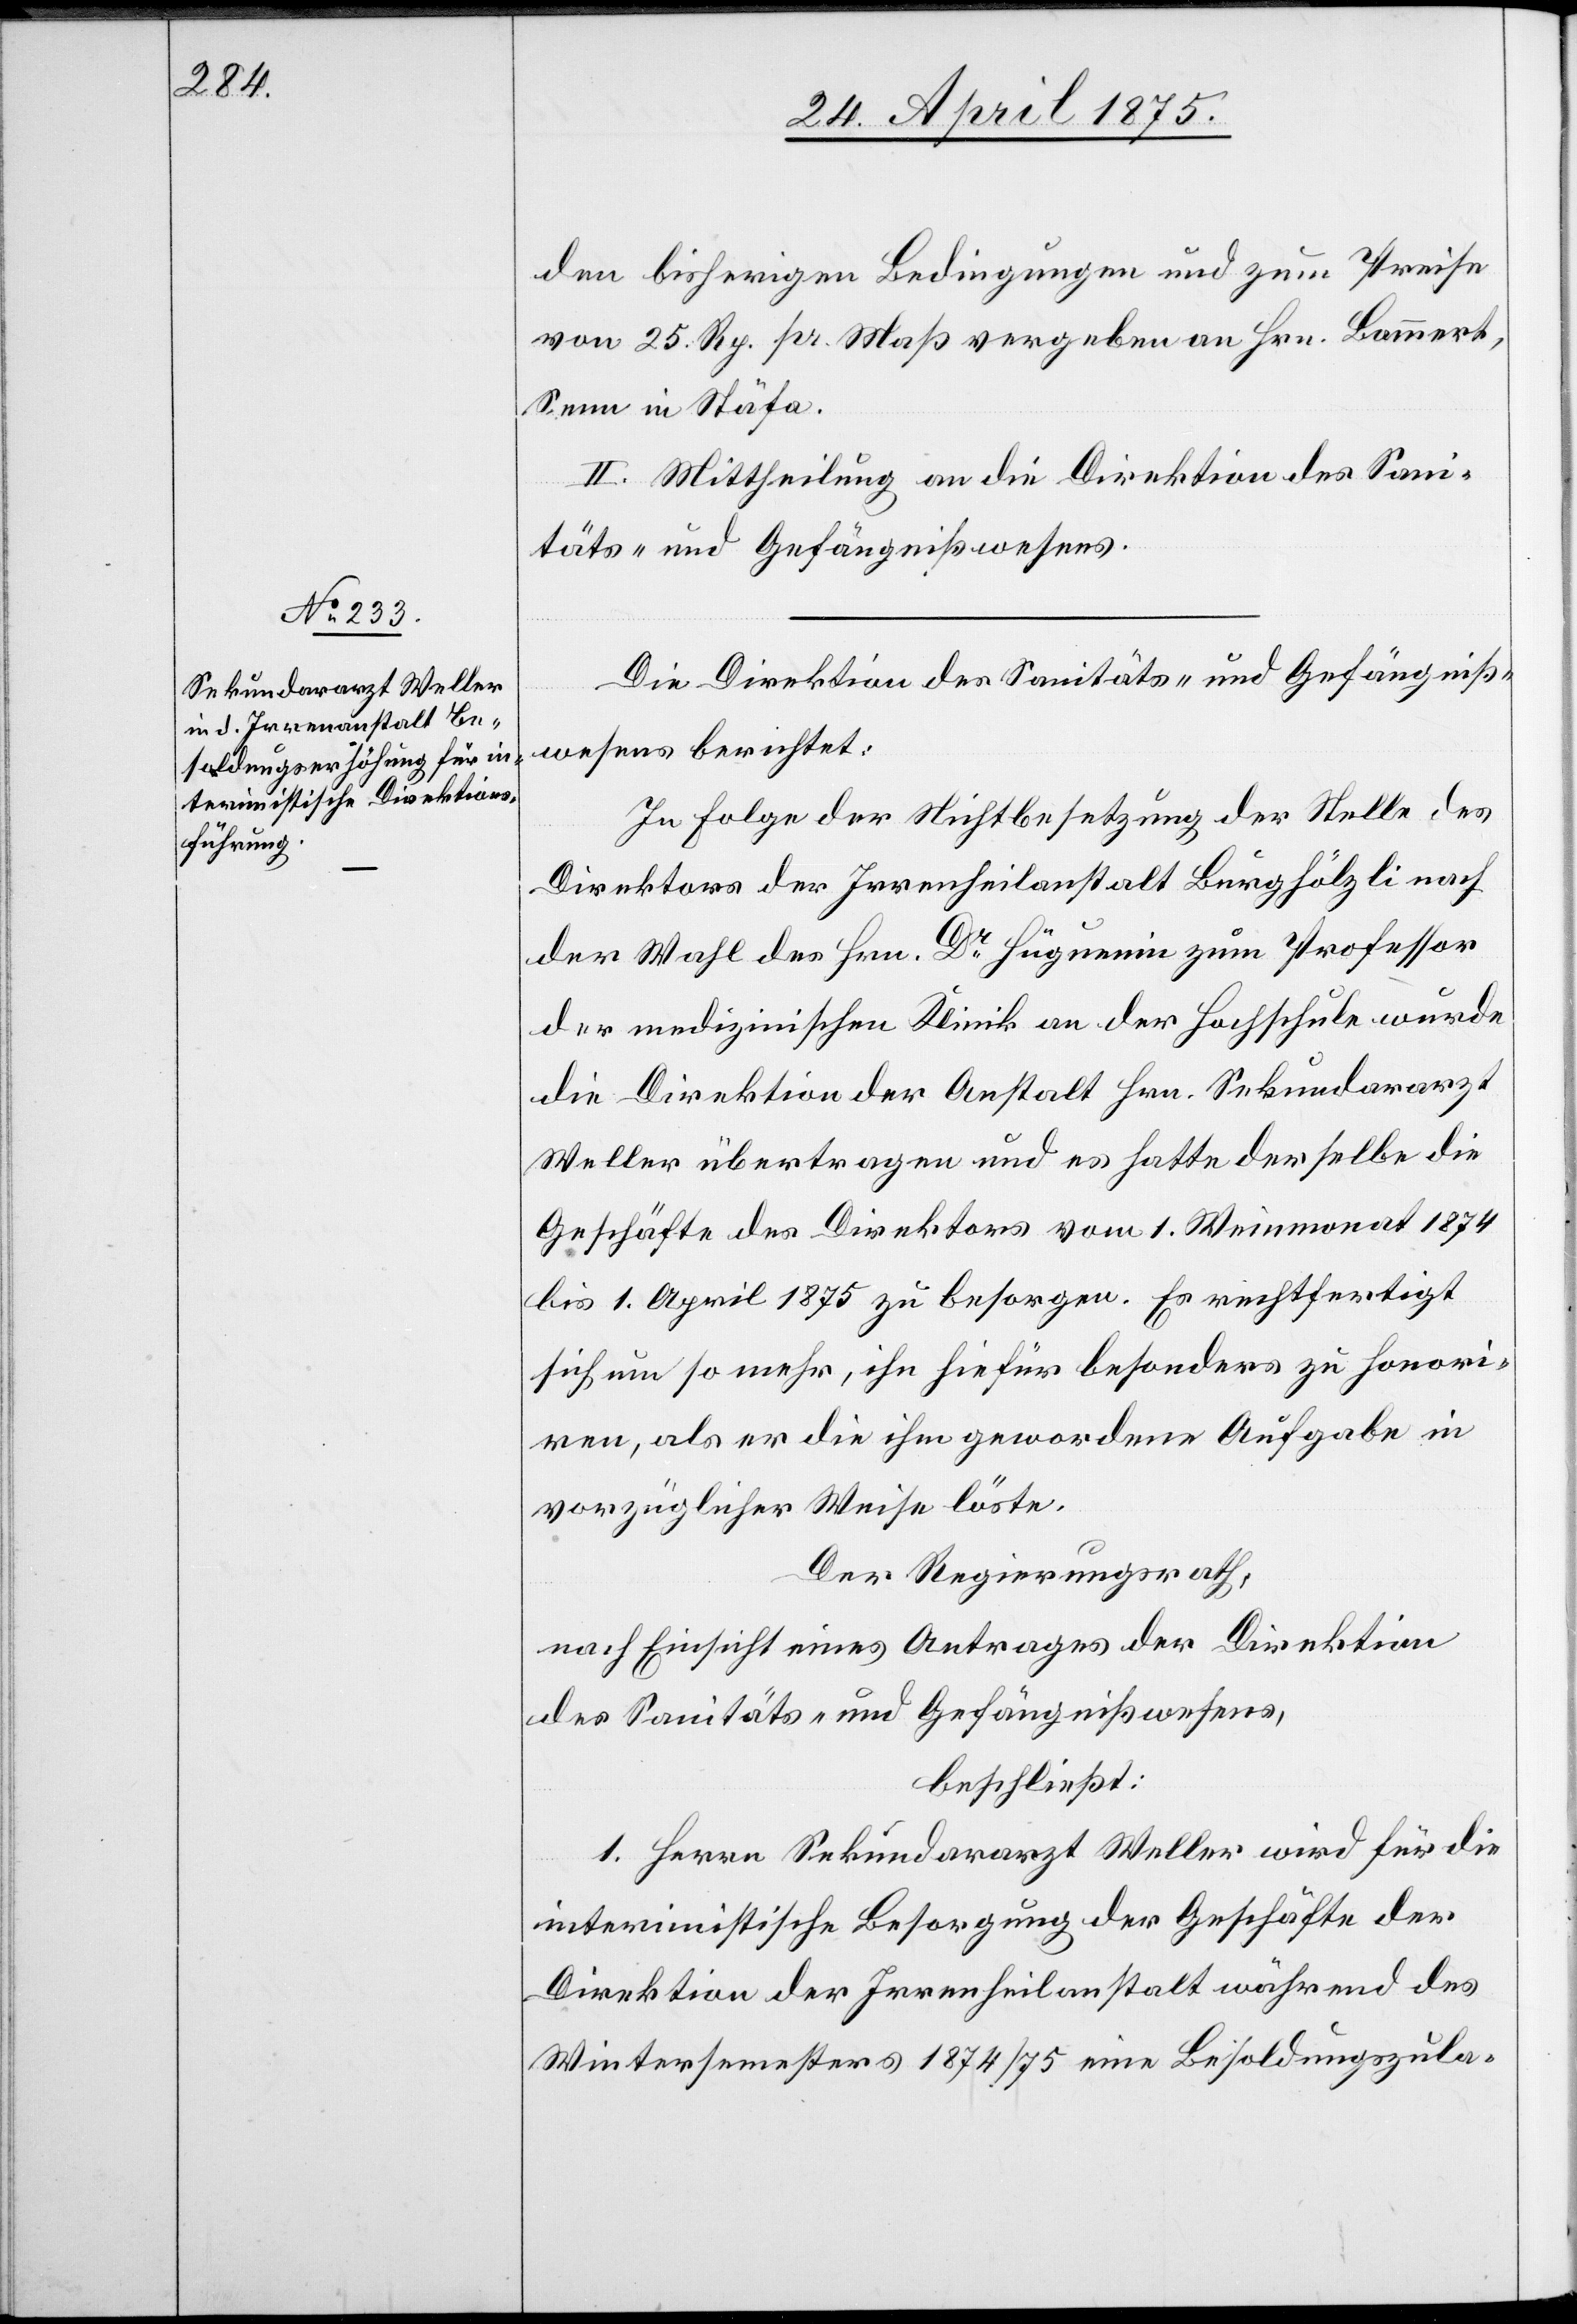
den bisherigen Bedingungen und zum Preise
von 25. Rp. pr. Maß vergeben an Hrn. Bauert,
Senn in Stäfa.
II. Mittheilung an die Direktion des Sani¬
täts- und Gefängnißwesens.
Die Direktion des Sanitäts- und Gefängniß¬
wesens berichtet:
In Folge der Nichtbesetzung der Stelle des
Direktors der Irrenheilanstalt Burghölzli nach
der Wahl des Hrn. Dr. Hüguenin zum Professor
der medizinischen Klinik an der Hochschule wurde
die Direktion der Anstalt Hrn. Sekundararzt
Weller übertragen und es hatte derselbe die
Geschäfte des Direktors vom 1. Weinmonat 1874
bis 1. April 1875 zu besorgen. Es rechtfertige
sich um so mehr, ihn hiefür besonders zu honori¬
ren, als er die ihm gewordene Aufgabe in
vorzüglicher Weise löste.
Der Regierungsrath,
nach Einsicht eines Antrages der Direktion
des Sanitäts- und Gefängnißwesens,
beschließt:
1. Herrn Sekundararzt Weller wird für die
interimistische Besorgung der Geschäfte der
Direktion der Irrenheilanstalt während des
Wintersemesters 1874/75 eine Besoldungszula-